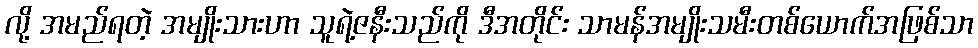
လို့ အမည်ရတဲ့ အမျိုးသားဟာ သူရဲ့ဇနီးသည်ကို ဒီအတိုင်း သာမန်အမျိုးသမီးတစ်ယောက်အဖြစ်သာ